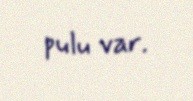
pulu var.